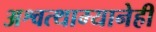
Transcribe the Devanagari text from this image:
अश्वत्थाम्यानेही